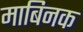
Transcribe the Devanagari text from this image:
माबिनक